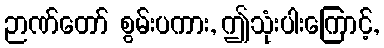
ဉာဏ်တော် စွမ်းပကား, ဤသုံးပါးကြောင့်,